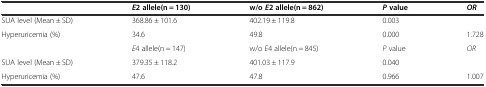
|  | E2 allele(n = 130) | w/oE2 allele(n = 862) | Pvalue | OR |
 | --- | --- | --- | --- | --- |
 | SUA level (Mean ± SD) | 368.86 ± 101.6 | 402.19 ± 119.8 | 0.003 |  |
 | Hyperuricemia (%) | 34.6 | 49.8 | 0.000 | 1.728 |
 |  | E4 allele(n = 147) | w/o E4 allele(n = 845) | P value | OR |
 | SUA level (Mean ± SD) | 379.35 ± 118.2 | 401.03 ± 117.9 | 0.040 |  |
 | Hyperuricemia (%) | 47.6 | 47.8 | 0.966 | 1.007 |